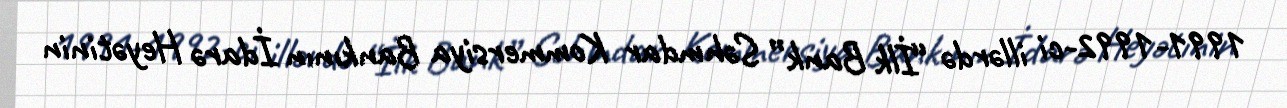
1991-1992-ci illərdə “İlk Bank” Səhmdar Kommersiya Bankının İdarə Heyətinin